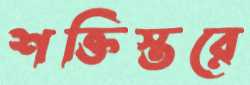
শক্তিস্তরে